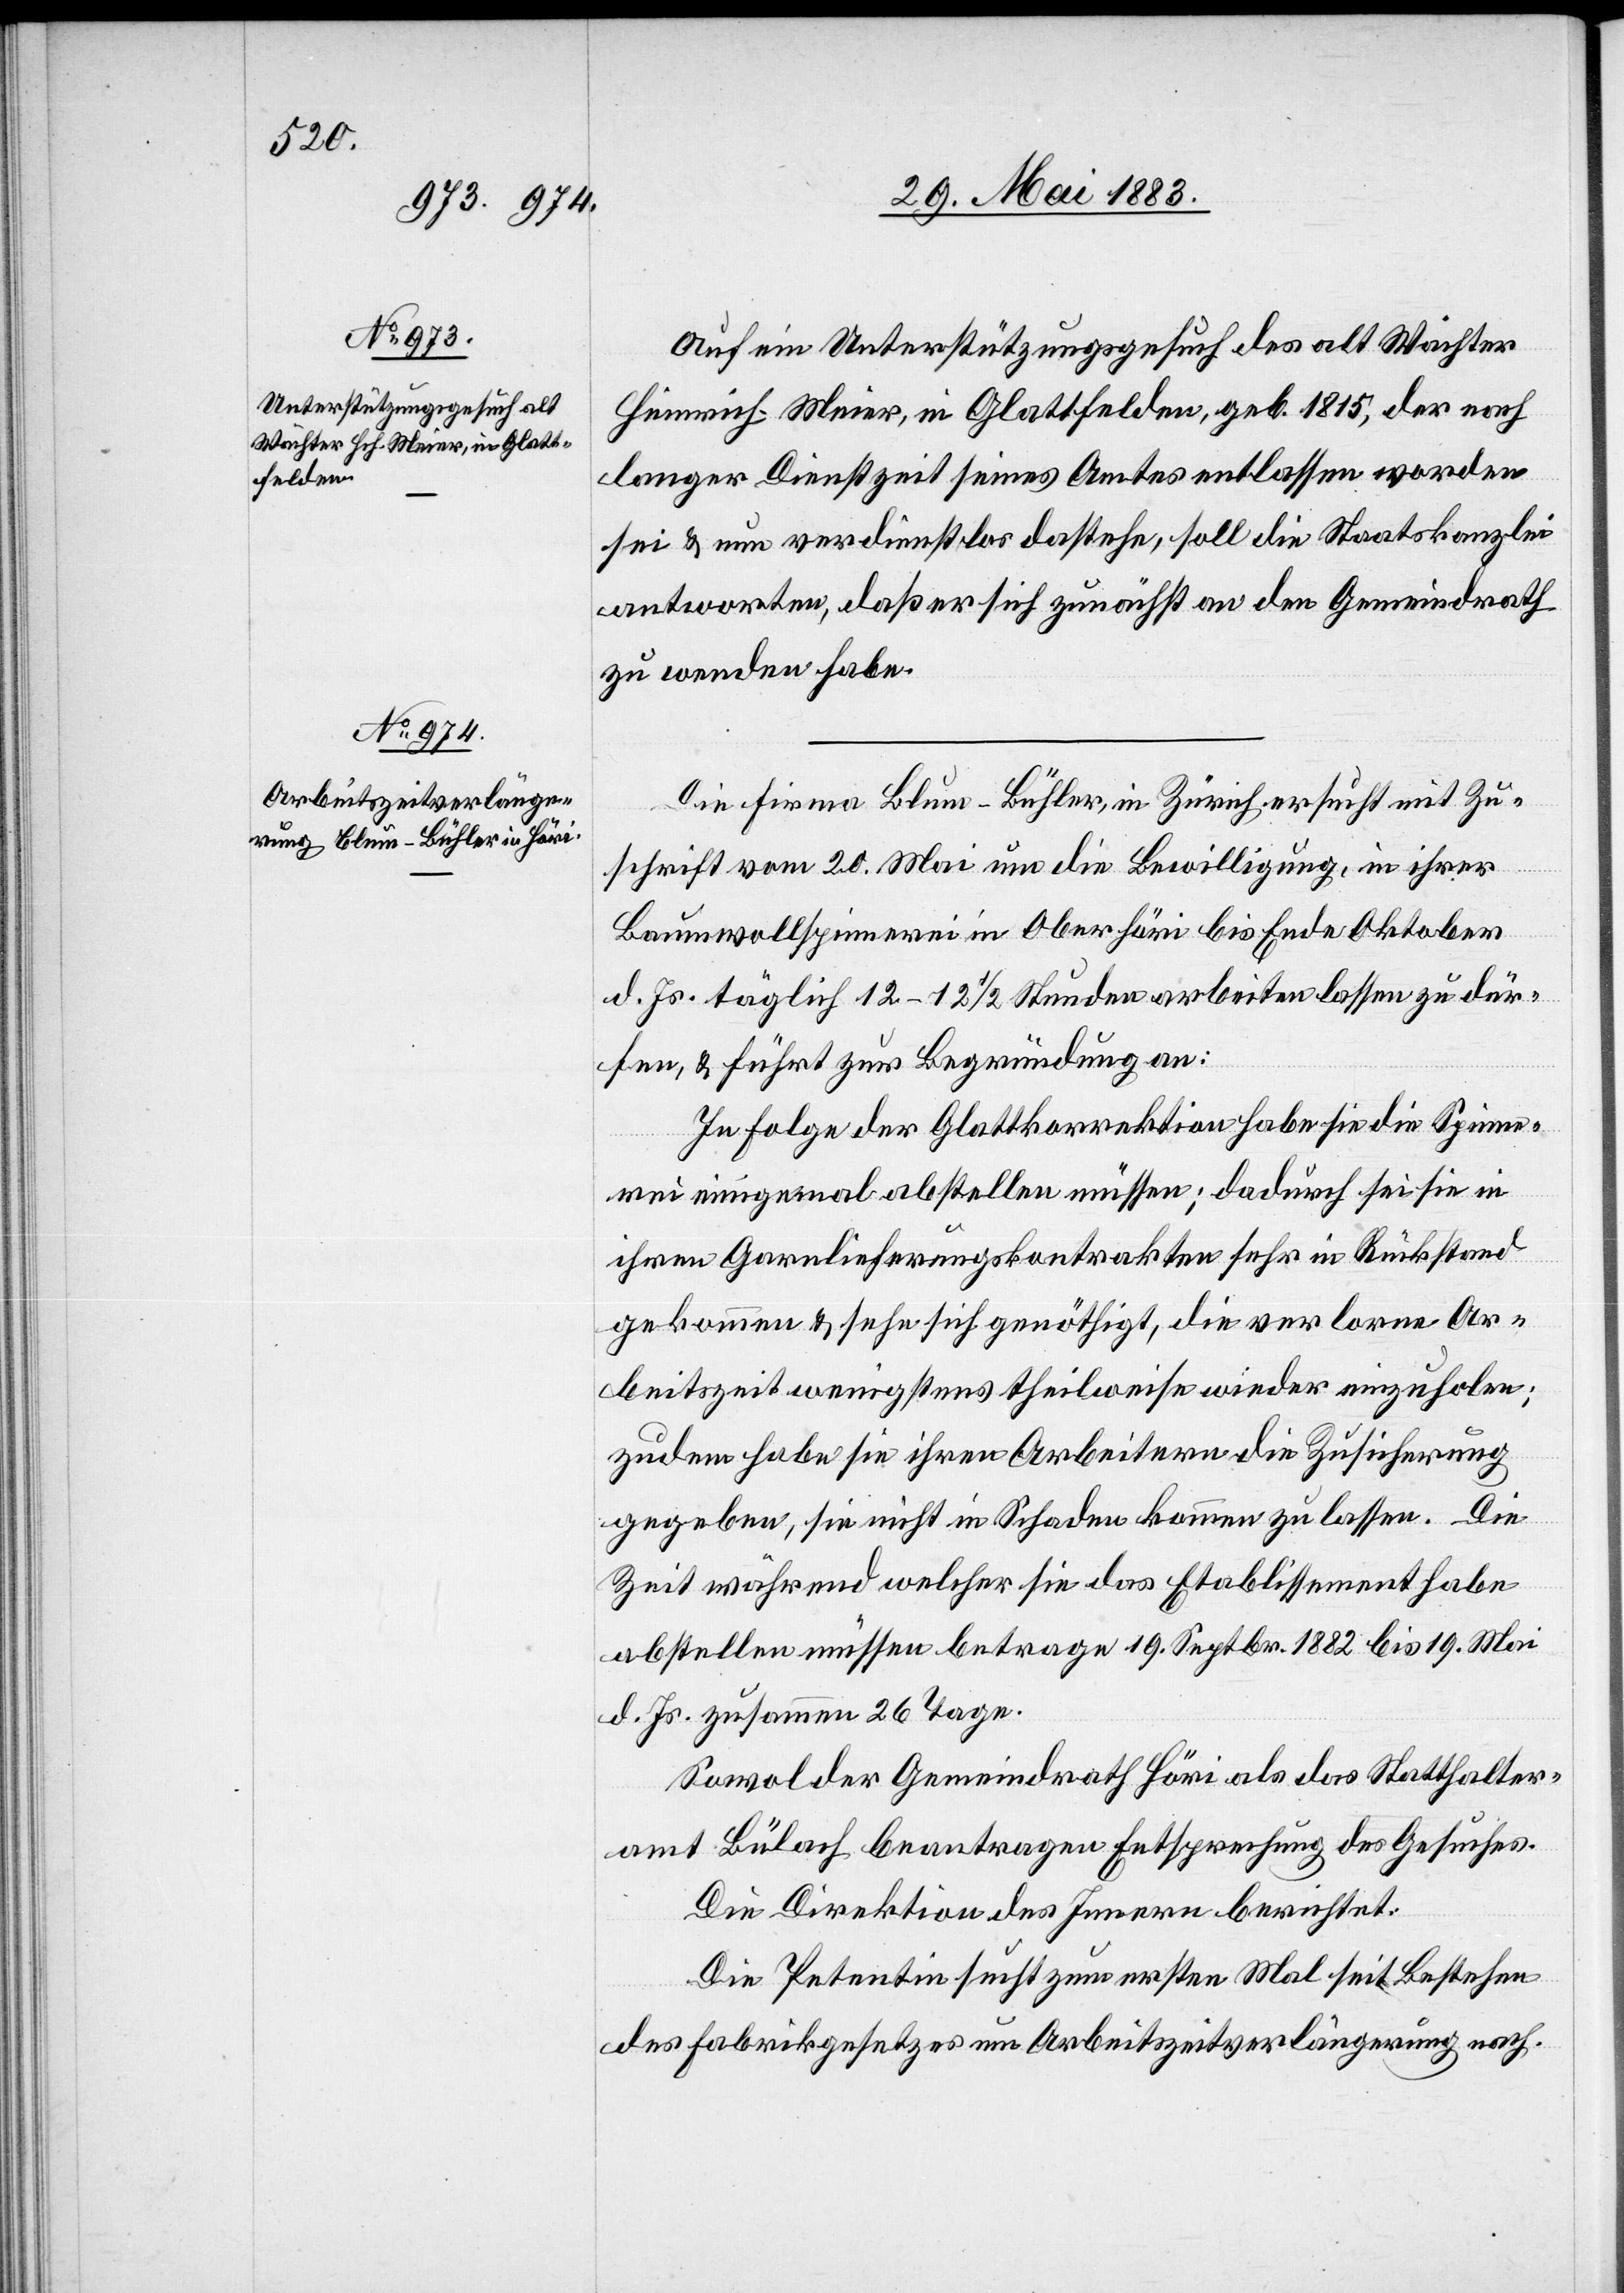
Auf ein Unterstützungsgesuch des alt Wächter
Heinrich Meier, in Glattfelden, geb. 1815, der nach
langer Dienstzeit seines Amtes entlassen worden
sei & nun verdienstlos dastehe, soll die Staatskanzlei
antworten, daß er sich zunächst an den Gemeindrath
zu wenden habe.
Die Firma Blum-Bühler, in Zürich ersucht mit Zu¬
schrift vom 20. Mai um die Bewilligung, in ihrer
Baumwollspinnerei in Oberhöri bis Ende Oktober
d. Js. täglich 12–12 1/2 Stunden arbeiten lassen zu dür¬
fen, & führt zur Begründung an:
In Folge der Glattkorrektion habe sie die Spinne¬
rei einige Mal abstellen müssen; dadurch sei sie in
ihren Garnlieferungskontrakten sehr in Rückstand
gekommen & sehe sich genöthigt, die verlorene Ar¬
beitszeit wenigstens theilweise wieder einzuholen;
zudem habe sie ihren Arbeitern die Zusicherung
gegeben, sie nicht in Schaden kommen zu lassen. Die
Zeit während welcher sie das Etablissement habe
abstellen müssen betrage 19. Septbr. 1882 bis 19. Mai
d. Js. zusammen 26 Tage.
Sowol der Gemeindrath Höri als das Statthalter¬
amt Bülach beantragen Entsprechung des Gesuches.
Die Direktion des Innern berichtet:
Die Petentin sucht zum ersten Mal seit Bestehen
des Fabrikgesetzes um Arbeitszeitverlängerung nach.